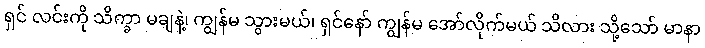
ရှင် လင်းကို သိက္ခာ မချနဲ့၊ ကျွန်မ သွားမယ်၊ ရှင်နော် ကျွန်မ အော်လိုက်မယ် သိလား သို့သော် မာနာ